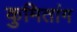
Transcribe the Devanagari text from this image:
कुमितांग